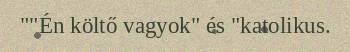
""Én költő vagyok" és "katolikus.